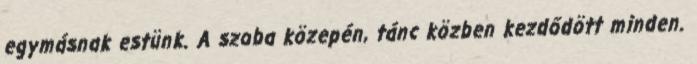
egymásnak estünk. A szoba közepén, tánc közben kezdődött minden.